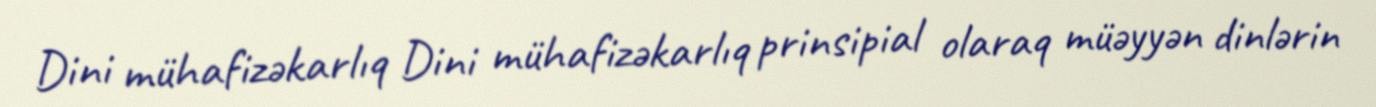
Dini mühafizəkarlıq Dini mühafizəkarlıq prinsipial olaraq müəyyən dinlərin